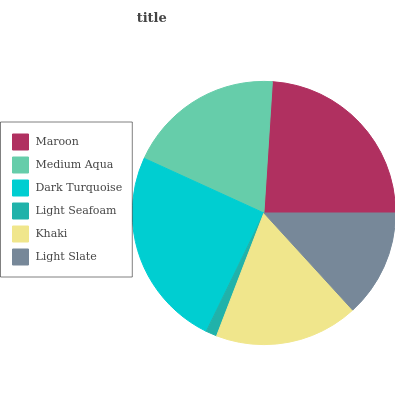
| Maroon | Medium Aqua | Dark Turquoise | Light Seafoam | Khaki | Light Slate |
 | --- | --- | --- | --- | --- | --- |
 | 24% | 19.2% | 24.6% | 1.37% | 17.6% | 13.2% |